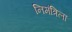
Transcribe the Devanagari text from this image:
निमंत्रिला